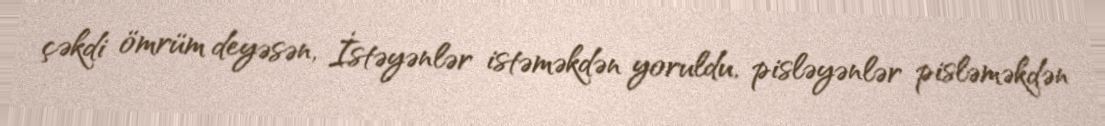
çəkdi ömrüm deyəsən, İstəyənlər istəməkdən yoruldu, pisləyənlər pisləməkdən